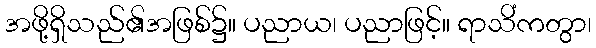
အဖို့ရှိသည်၏အဖြစ်၌။ ပညာယ၊ ပညာဖြင့်။ ရာသိံကတွာ၊